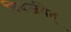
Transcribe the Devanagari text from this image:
विवर्जयेत्